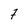
Character: 7